341_110448_Records_Relating_to_the_Collection_and_Dissemination_of_Intelligence_1948-1955-TS_CONT_No.2_2-5300-2-5399
Agency: Department of War
Incident date: 11/8/48
Incident location: Netherlands
Page 2
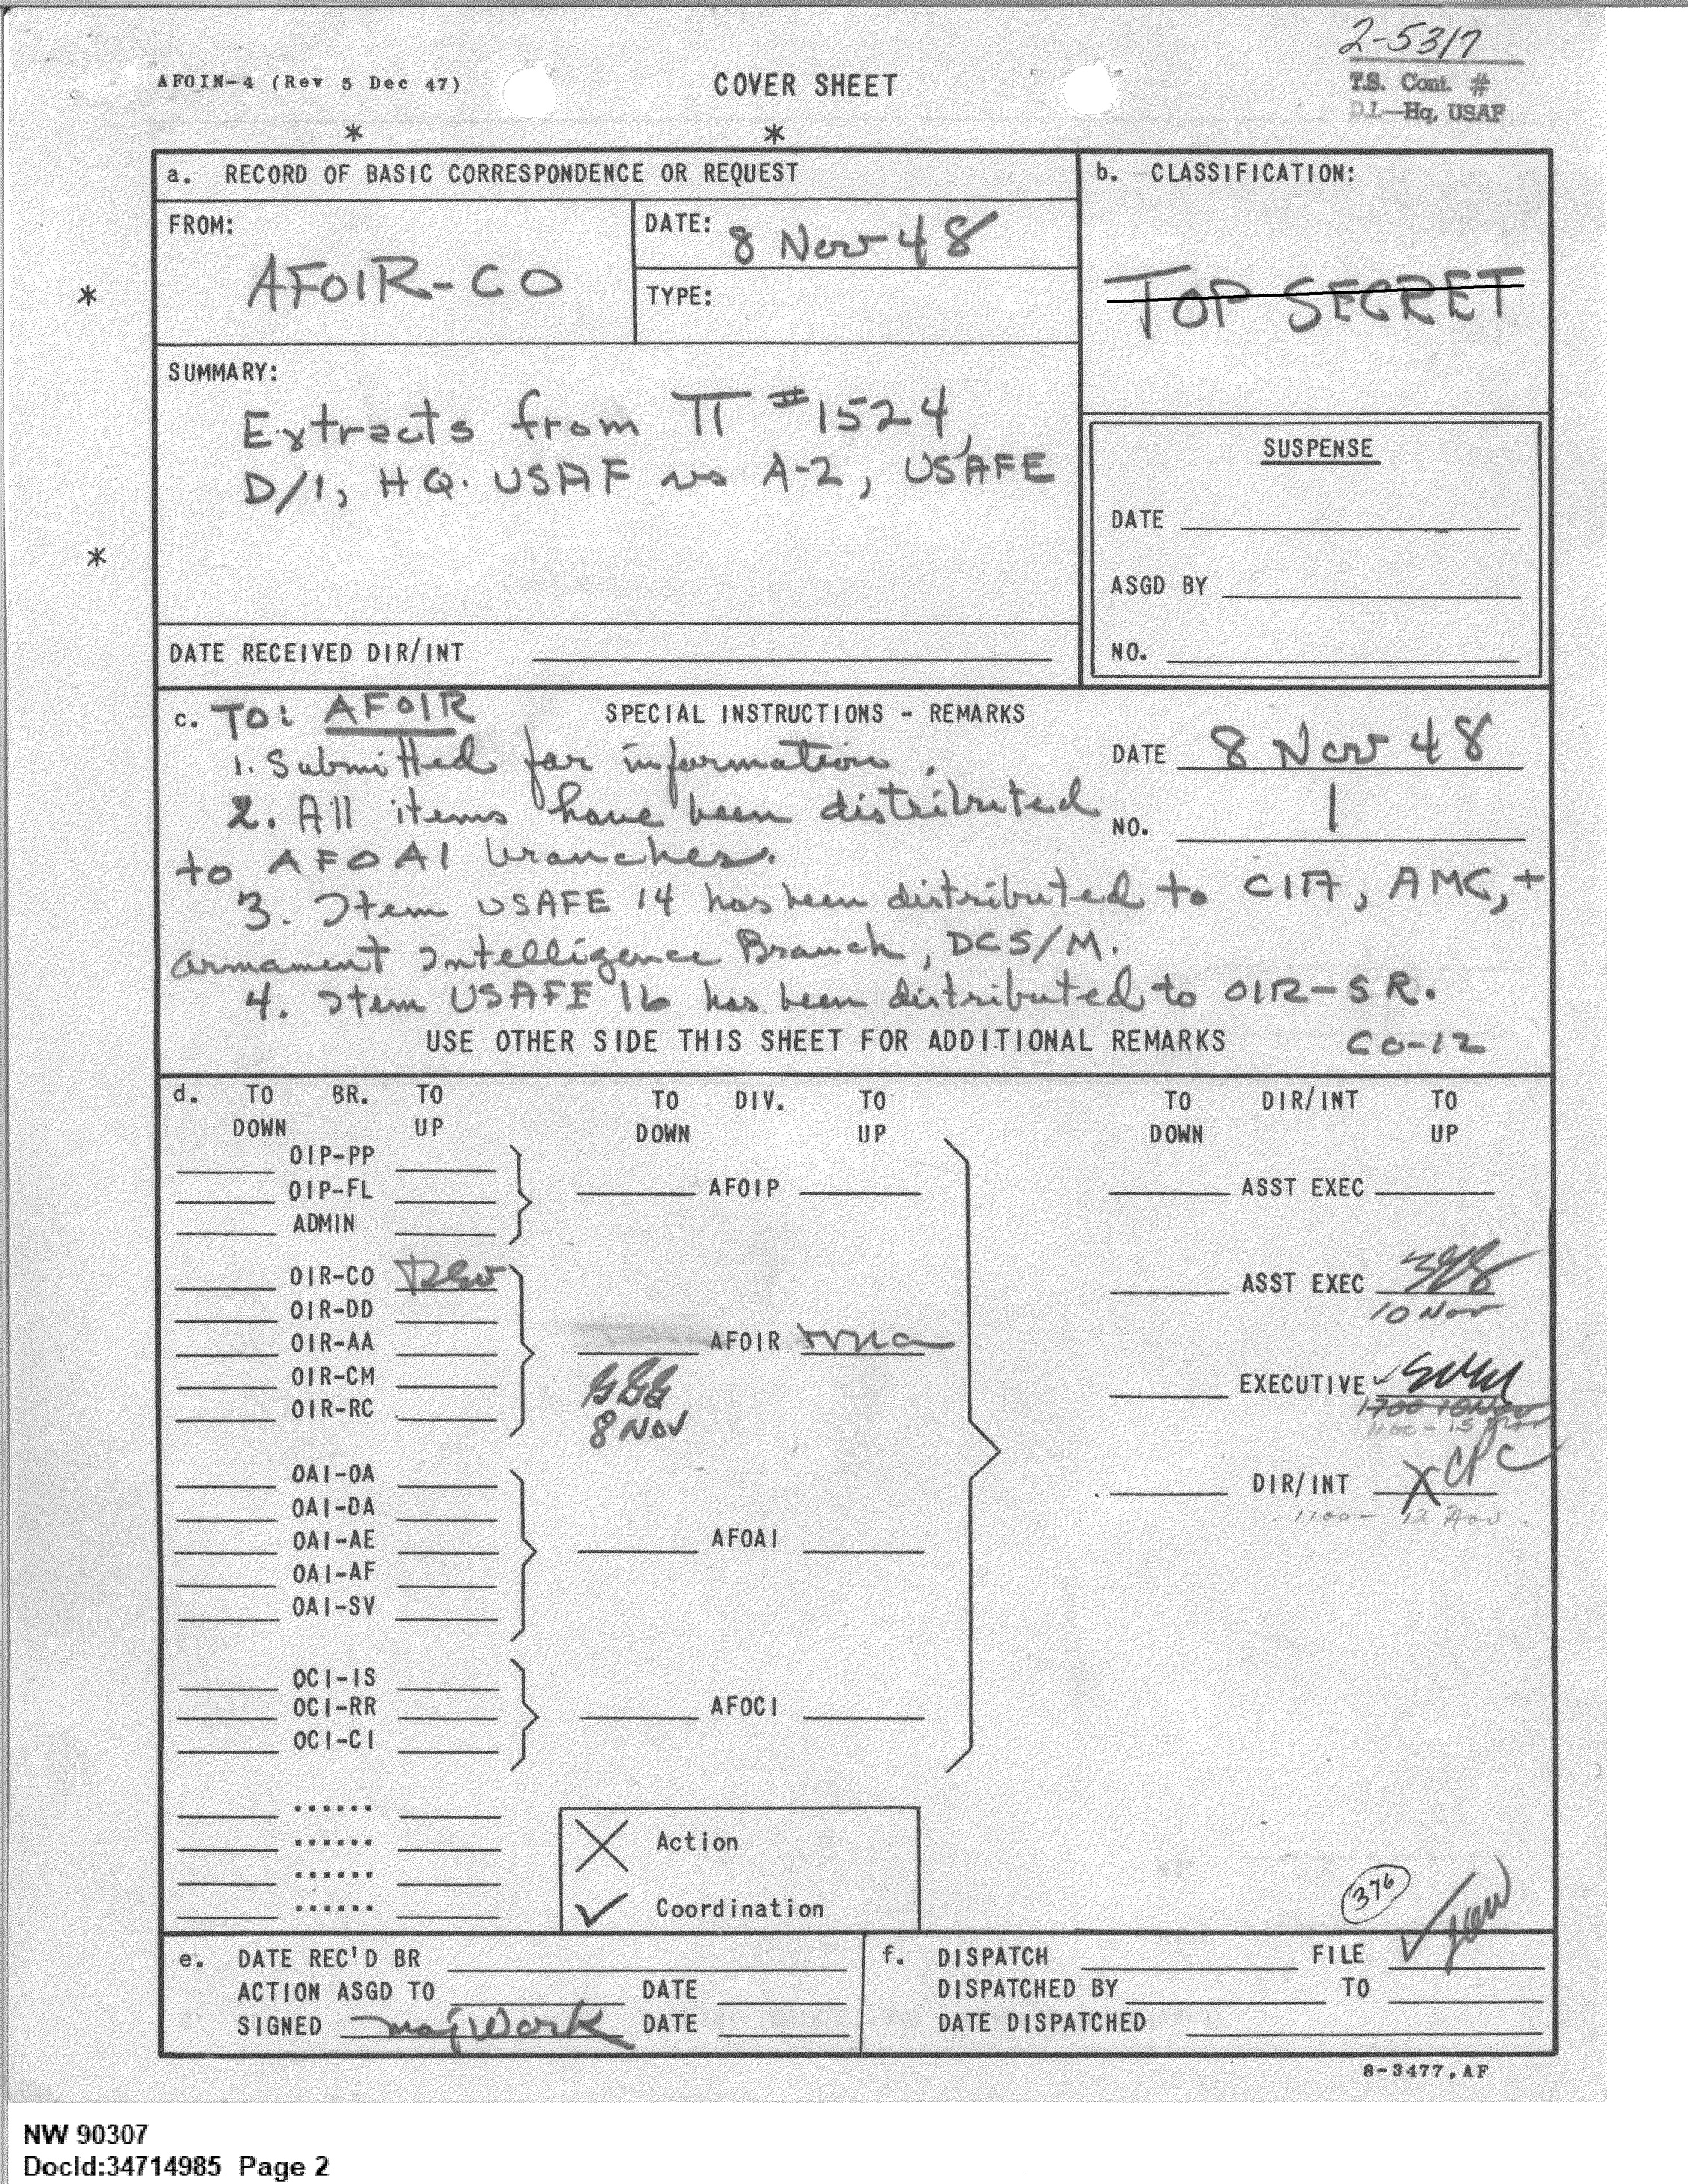